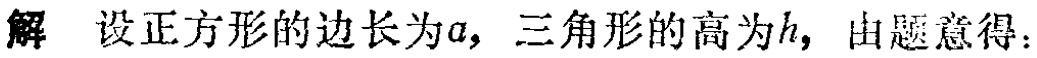
解 设正方形的边长为\(a\)，三角形的高为\(h\)，由题意得：